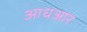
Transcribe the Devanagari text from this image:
आधआर